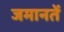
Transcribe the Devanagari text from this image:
जमानतें